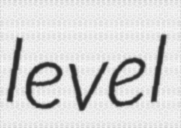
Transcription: level